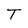
Character: T